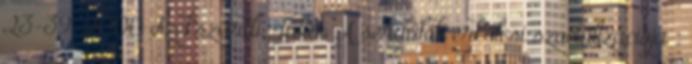
23-39. 2000 Szekszárdi, Júlia: A serdülők erkölcsi szocializációja :